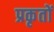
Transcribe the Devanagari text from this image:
प्रकृतों